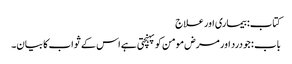
کتاب: بیماری اور علاج
باب : جو درد اور مرض مومن کو پہنچتی ہے اس کے ثواب کا بیان۔